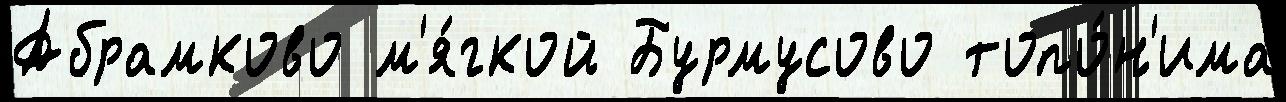
Абрамково м'я́гкой Бурмусово топо́н'има